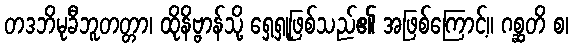
တဒဘိမုခီဘူတတ္တာ၊ ထိုနိဗ္ဗာန်သို့ ရှေ့ရှုဖြစ်သည်၏ အဖြစ်ကြောင့်။ ဂစ္ဆတိ စ၊